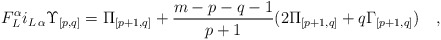
\begin{align*}F_L^\alpha i_{L\,\alpha} {\Upsilon}_{{[p,q]}} = {\Pi}_{[p+1,q]} +{m-p-q-1\over p+1} ( 2 {\Pi}_{[p+1,q]} + q {\Gamma}_{[p+1,q]} )\quad,\end{align*}